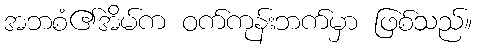
အဘစံ၏အိမ်က ဝက်ကုန်းဘက်မှာ ဖြစ်သည်။